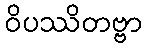
ဝိပဿိတဗ္ဗာ